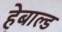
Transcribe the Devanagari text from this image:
हेबाल्ड